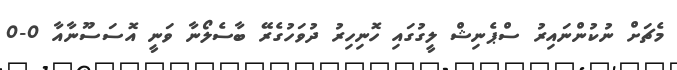
މެޗަށް ނުކުންނައިރު ސްޕެނިޝް ލީގުގައި ހޮނިހިރު ދުވަހުގެރޭ ބާސެލޯނާ ވަނީ އޮސަސޫނާއާ 0-0